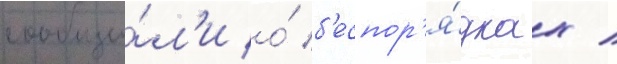
сообщи́л'и о́ б'еспор'я́дках /